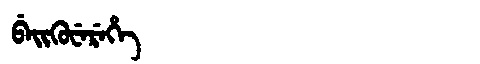
Manchu: ᠪᡝᡳᡴᡠᠸᡝᡵᡝᡥᡝ
Romanization: BEIKUWEREHE